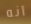
انه